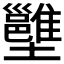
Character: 𡓱